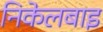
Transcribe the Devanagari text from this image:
निकेलबाइ